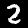
Label: 2